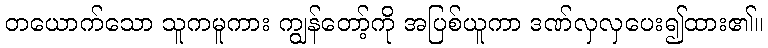
တယောက်သော သူကမူကား ကျွန်တော့်ကို အပြစ်ယူကာ ဒဏ်လှလှပေး၍ထား၏။